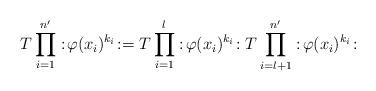
LaTeX: \begin{align*}T \prod_{i=1}^{n'} :\! \varphi(x_i)^{k_i}\!:= T \prod_{i=1}^l :\! \varphi(x_i)^{k_i}\!: T \prod_{i=l+1}^{n'} :\! \varphi(x_i)^{k_i}\!:\end{align*}